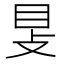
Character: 𥄎